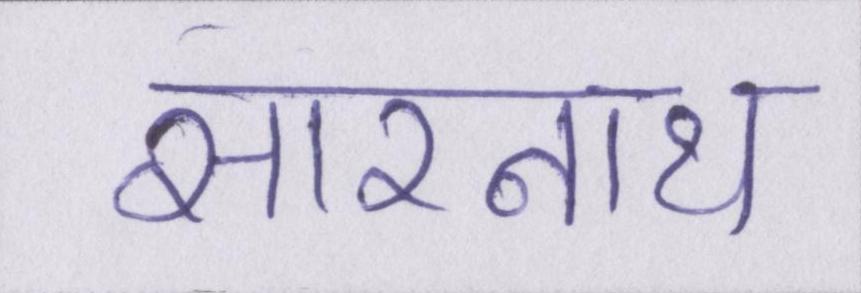
सारनाथ